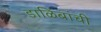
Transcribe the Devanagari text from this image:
डाळिंबांची